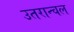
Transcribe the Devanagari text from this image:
उतरान्चल